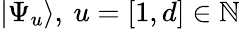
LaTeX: |\Psi_{u}\rangle,\: u=[1,d]\in\mathbb{N}